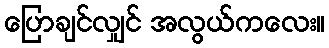
ပြောချင်လျှင် အလွယ်ကလေး။